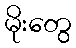
မိုးတွေ